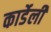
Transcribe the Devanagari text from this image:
कार्डेली